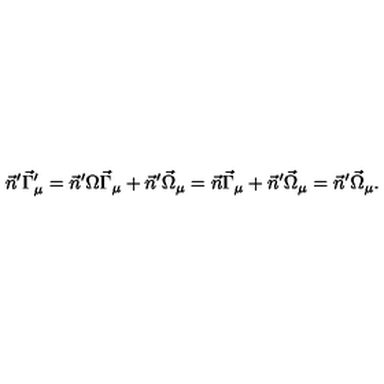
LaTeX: \vec { n } ^ { \prime } \vec { \Gamma } _ { \mu } ^ { \prime } = \vec { n } ^ { \prime } \Omega \vec { \Gamma } _ { \mu } + \vec { n } ^ { \prime } \vec { \Omega } _ { \mu } = \vec { n } \vec { \Gamma } _ { \mu } + \vec { n } ^ { \prime } \vec { \Omega } _ { \mu } = \vec { n } ^ { \prime } \vec { \Omega } _ { \mu } .